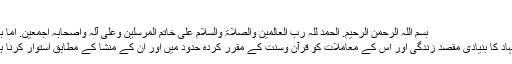
[
بسم اللّٰہ الرحمٰن الرحیم. الحمد للّٰہ رب العالمین والصلاۃ والسلام علٰی خاتم المرسلین وعلٰی آلہ واصحابہ اجمعین. اما بعد.
اجتہاد کا بنیادی مقصد زندگی اور اس کے معاملات کو قرآن وسنت کے مقرر کردہ حدود میں اور ان کے منشا کے مطابق استوار کرنا ہے۔